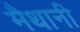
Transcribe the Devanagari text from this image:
मैथानी